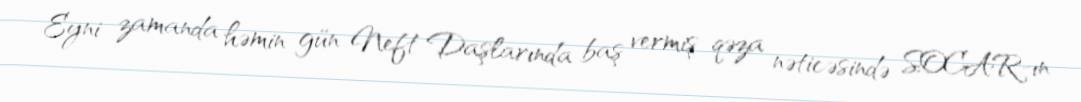
Eyni zamanda həmin gün Neft Daşlarında baş vermiş qəza nəticəsində SOCAR-ın